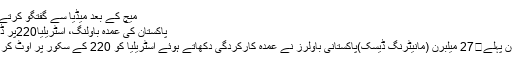
میچ کے بعد میڈیا سے گفتگو کرتے ...
پاکستان کی عمدہ باؤلنگ، آسٹریلیا220پر ڈھیر
3 دن پہلے	27 میلبرن (مانیٹرنگ ڈیسک)پاکستانی باؤلرز نے عمدہ کارکردگی دکھاتے ہوئے آسٹریلیا کو 220 کے سکور پر آؤٹ کر دیا۔